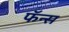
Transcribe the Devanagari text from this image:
फॅन्स